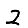
Digit: 2